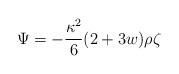
\begin{align*}\Psi=-\frac{\kappa^2}{6}(2+3w)\rho\zeta\end{align*}